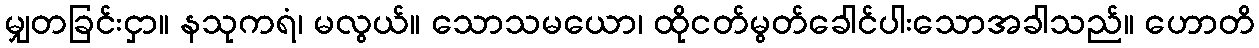
မျှတခြင်းငှာ။ နသုကရံ၊ မလွယ်။ သောသမယော၊ ထိုငတ်မွတ်ခေါင်ပါးသောအခါသည်။ ဟောတိ